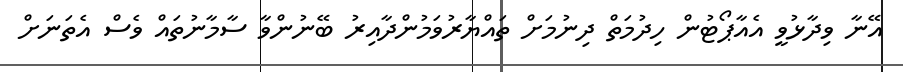
އޭނާ ވިދާޅުވީ އެއާޕޯޓުން ހިދުމަތް ދިނުމަށް ތައްޔާރުވަމުންދާއިރު ބޭނުންވާ ސާމާނުތައް ވެސް އެތަނަށް